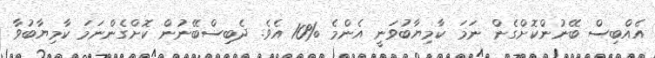
އެއްބިސް ބޭނުންކޮށްގެން ނަމަ ކާމިޔާބުވަނީ އެންމެ %10 އެވެ. ދެބިސްބޭނުން ކޮށްގެންނަމަ ކާމިޔާބުވާ